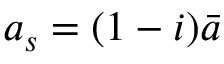
a _ { s } = ( 1 - i ) \bar { a }